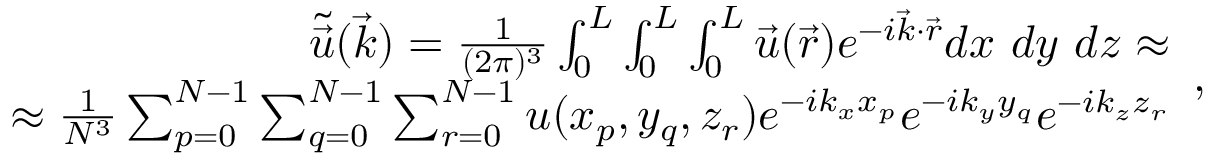
\begin{array} { r } { \tilde { \Vec { u } } ( \Vec { k } ) = \frac { 1 } { ( 2 \pi ) ^ { 3 } } \int _ { 0 } ^ { L } \int _ { 0 } ^ { L } \int _ { 0 } ^ { L } \Vec { u } ( \Vec { r } ) e ^ { - i \Vec { k } \cdot \Vec { r } } d x ~ d y ~ d z \approx } \\ { \approx \frac { 1 } { N ^ { 3 } } \sum _ { p = 0 } ^ { N - 1 } \sum _ { q = 0 } ^ { N - 1 } \sum _ { r = 0 } ^ { N - 1 } u ( x _ { p } , y _ { q } , z _ { r } ) e ^ { - i k _ { x } x _ { p } } e ^ { - i k _ { y } y _ { q } } e ^ { - i k _ { z } z _ { r } } } \end{array} ,